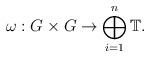
LaTeX: \begin{align*} \omega : G \times G \to \bigoplus_{i=1}^n \mathbb{T}.\end{align*}